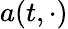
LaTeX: a(t,\cdot)